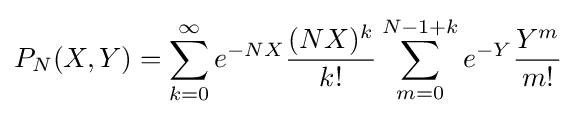
P_{N}(X,Y)=\sum _{k=0}^{\infty }e^{-NX}{\frac {(NX)^{k}}{k!}}\sum _{m=0}^{N-1+k}e^{-Y}{\frac {Y^{m}}{m!}}